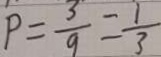
P = \frac { 3 } { 9 } = \frac { 1 } { 3 }